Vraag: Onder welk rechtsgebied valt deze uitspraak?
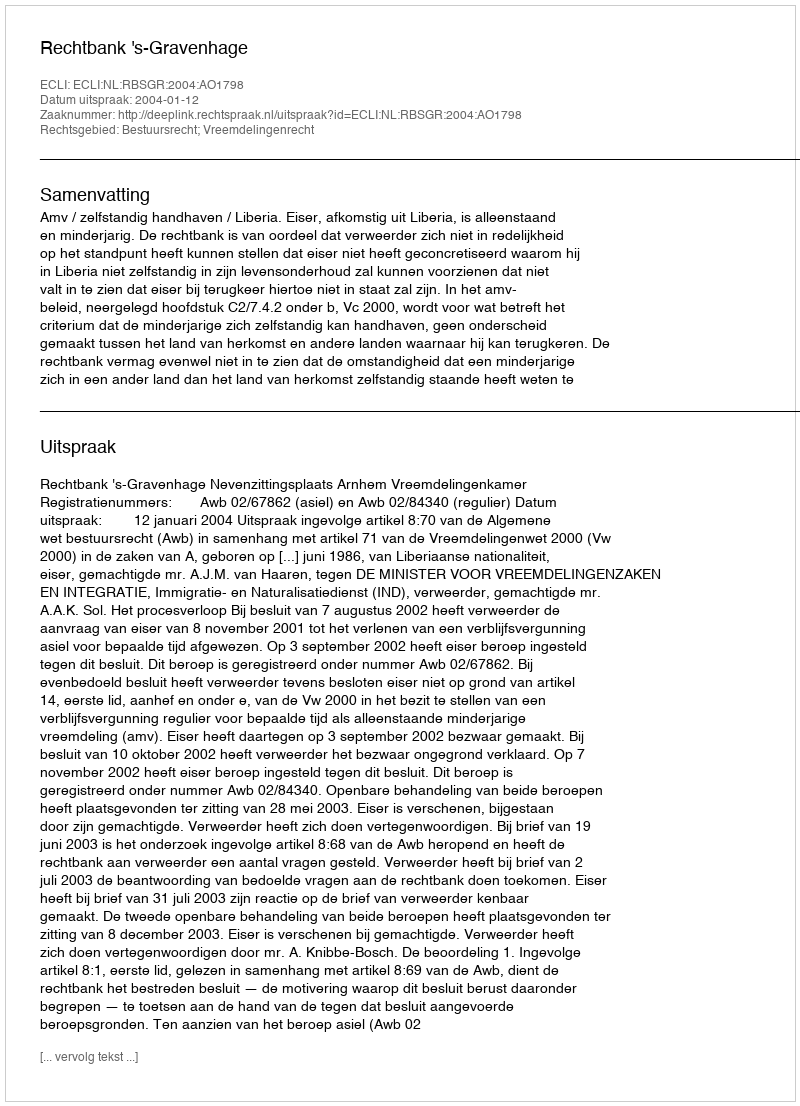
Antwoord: Bestuursrecht; Vreemdelingenrecht